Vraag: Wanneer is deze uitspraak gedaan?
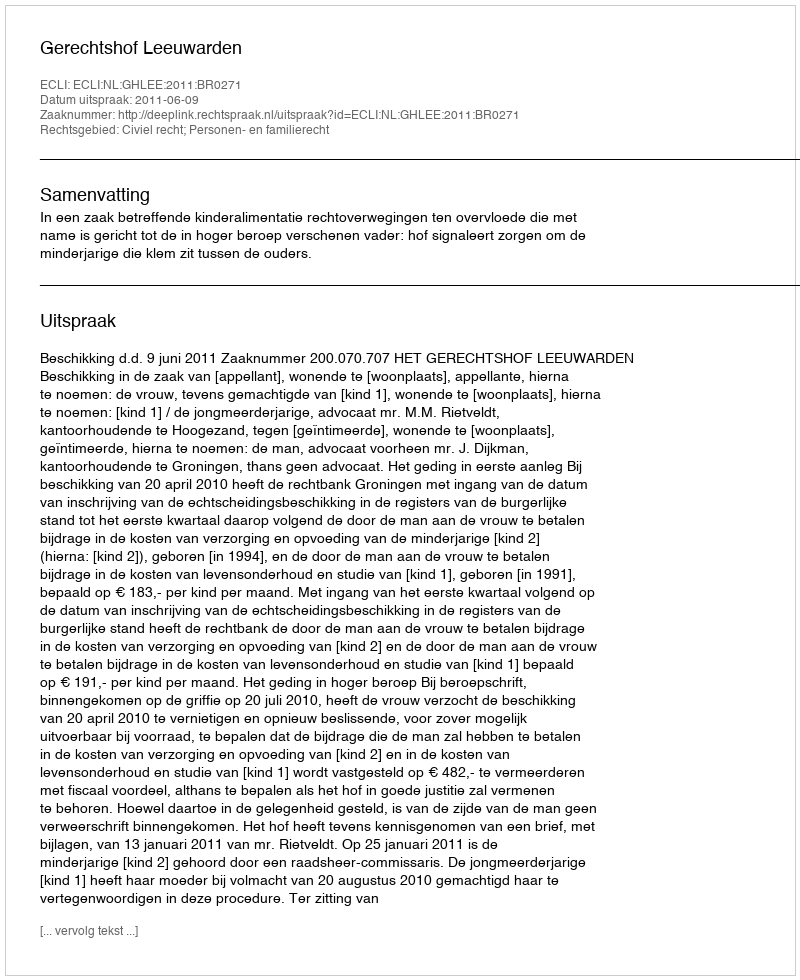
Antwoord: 2011-06-09